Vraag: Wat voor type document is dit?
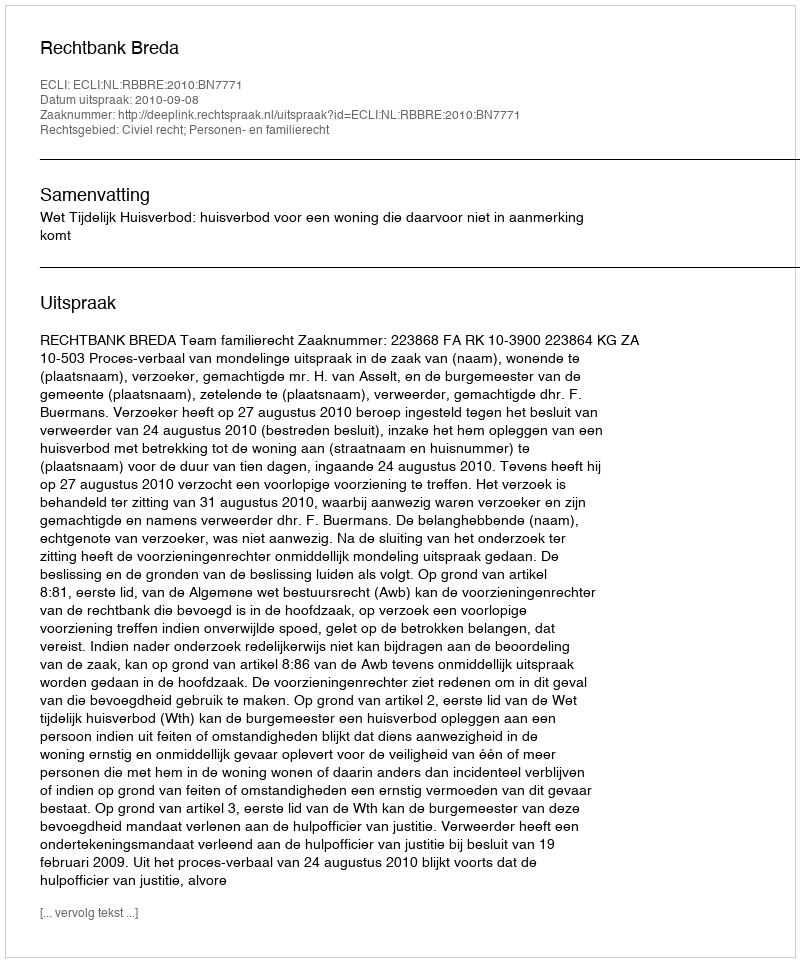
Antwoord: Uitspraak